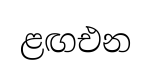
ළඟඑන